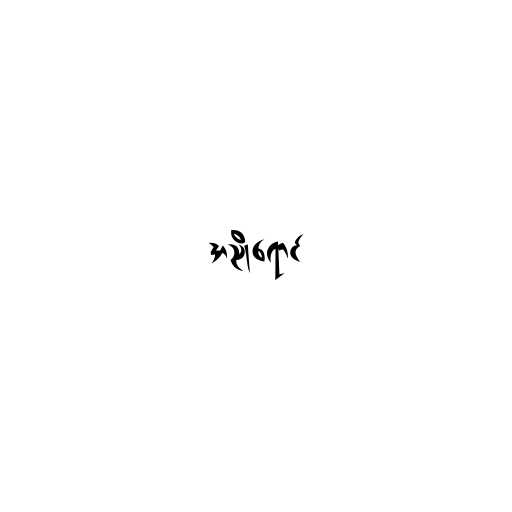
အညိုရောင်